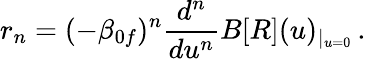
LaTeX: r_{n}=(-\beta_{0f})^{n}\frac{d^{n}}{du^{n}}B[R](u)_{|_{u=0}}\, .